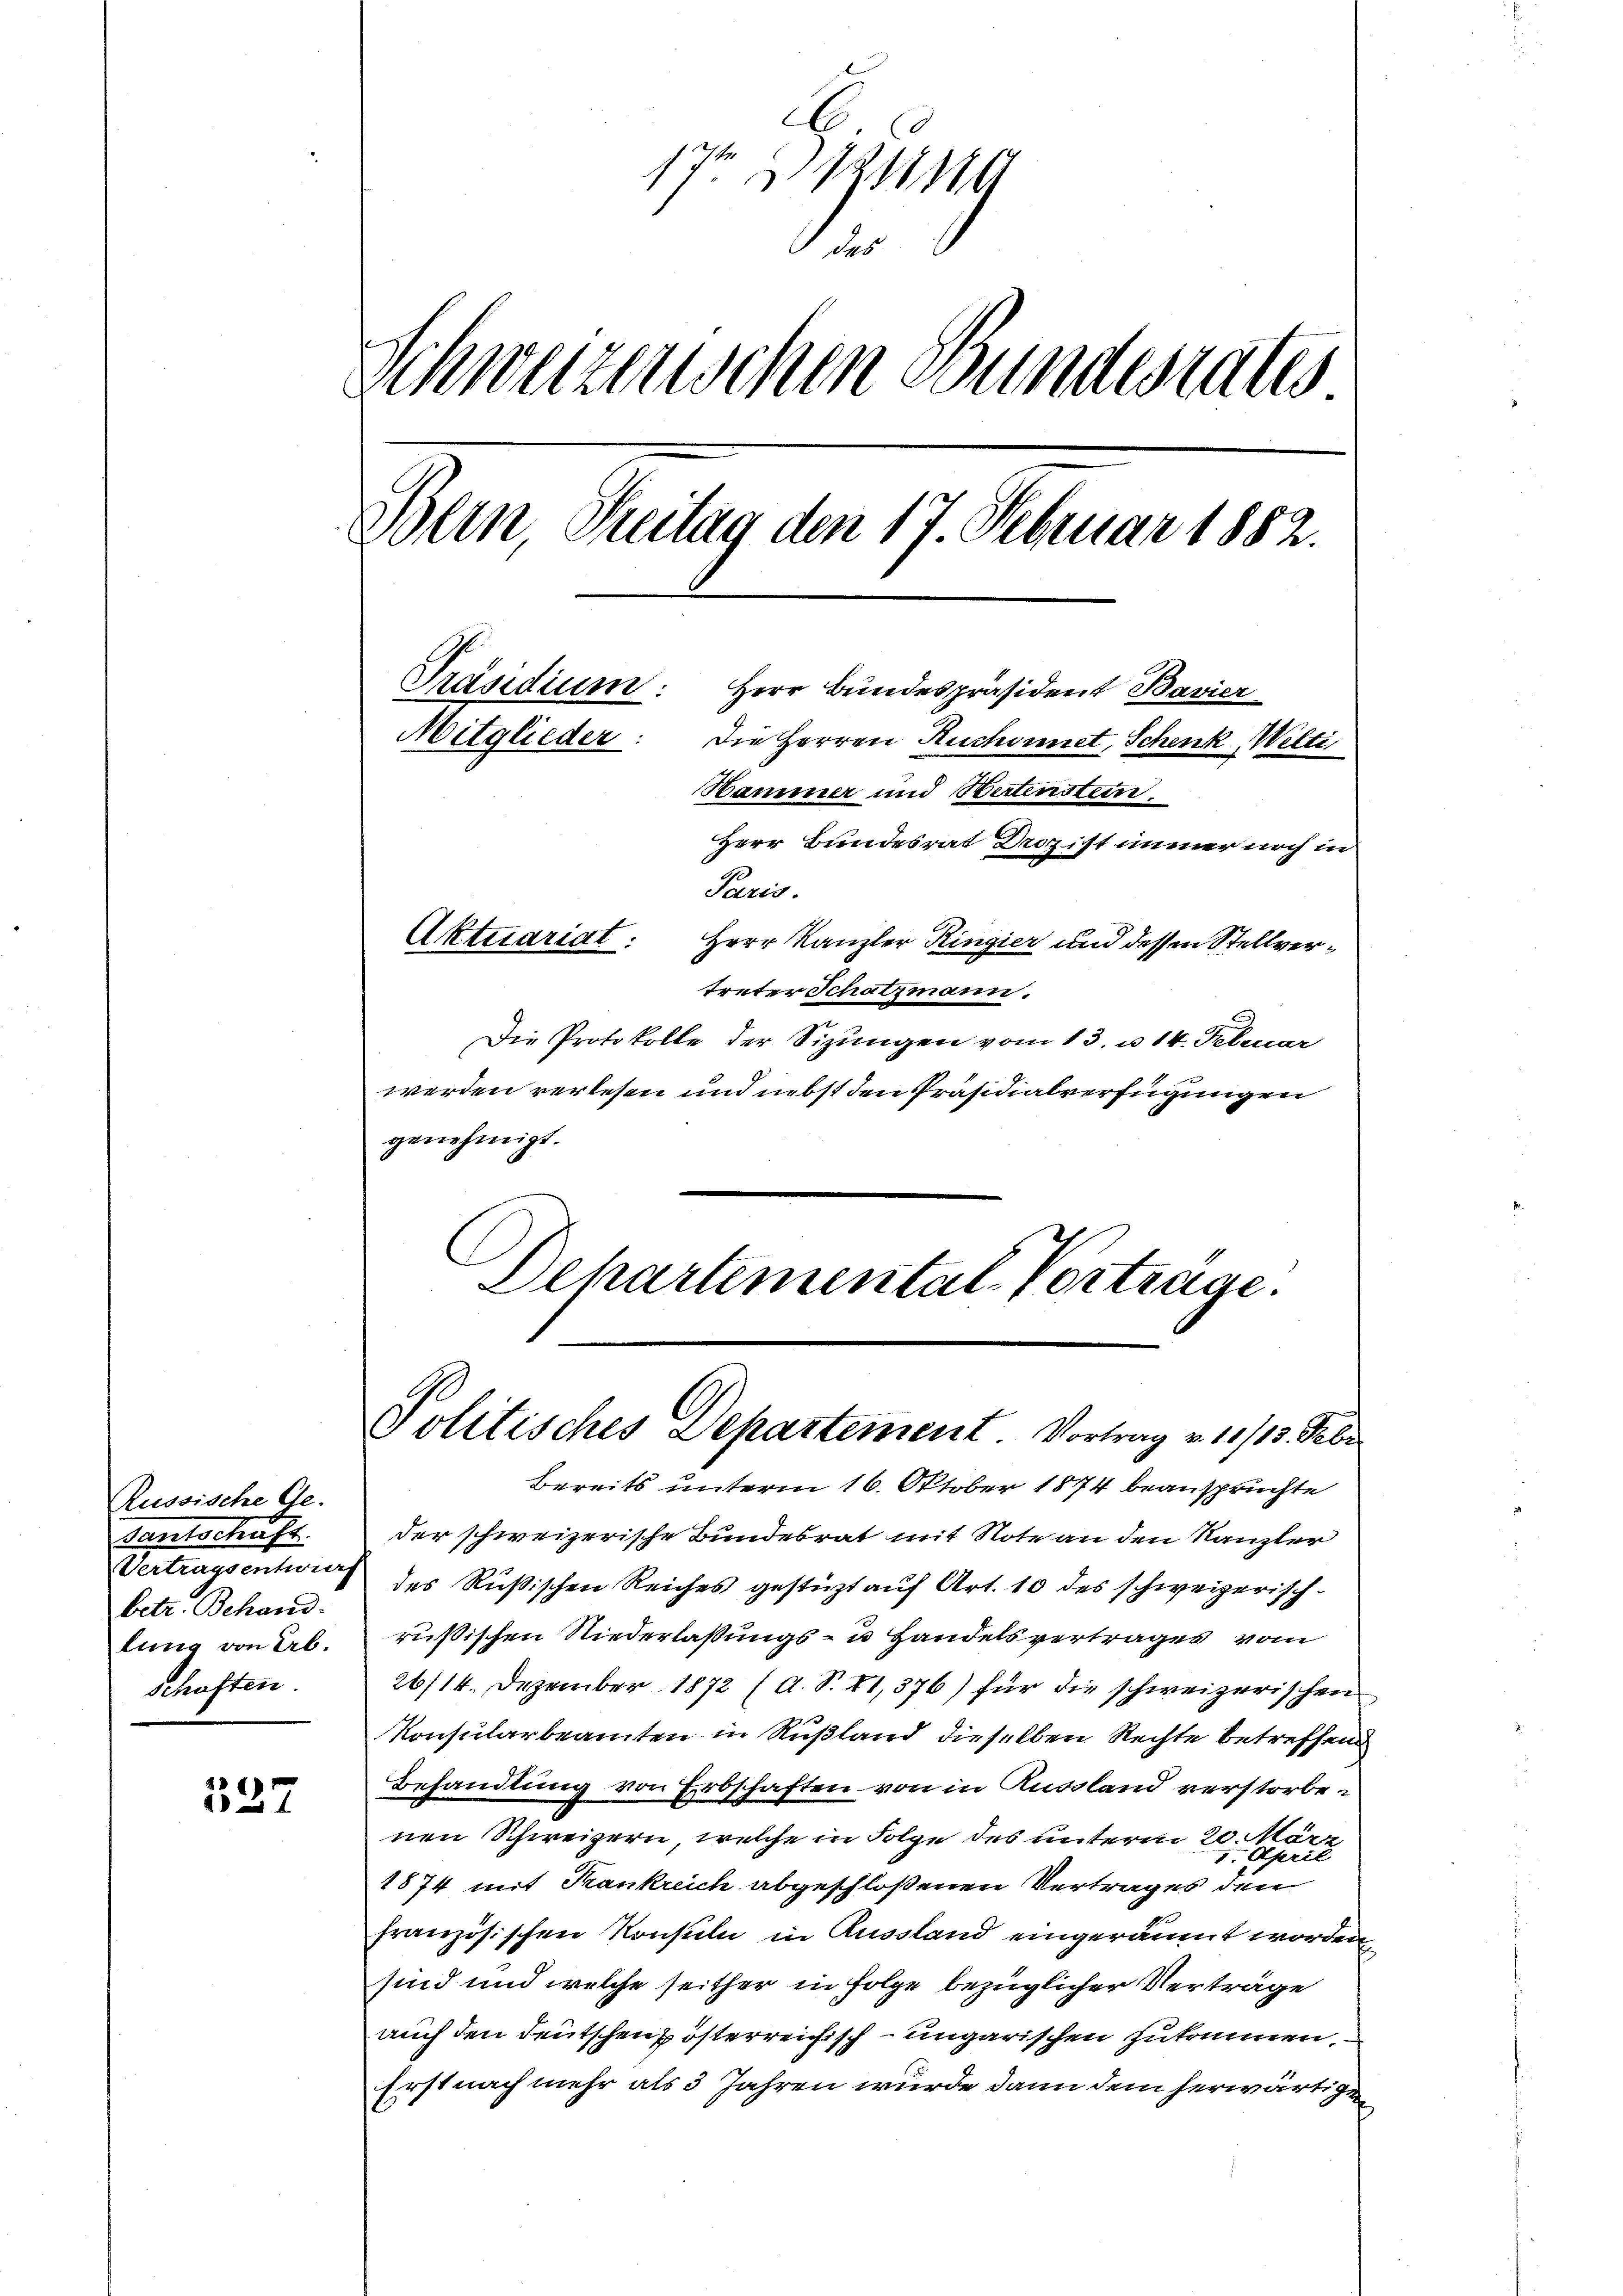
Russische Ge-
Gautschaft.
Vertragsentwurf
betr. Behand
lung von Abschaften.

527

172 § 121149
1
Schweizenschen Bundesrates
Dein Treitag den 17. Februar 1882.
Präsidium:
Herr Bundespräsident Bavier
Mitglieder: Die Herren Ruchoinet, Schenk, Wilti
Hammer und Bertensten.
Herr Bundesrat Droz ist immer noch in
Paris.
Aktuariat. Herr Kanzler Ringier und dessen Stellvertreter Schatzmann.

Die Protokolle der Sizungen vom 13. u. 14. Februar
werden verlesen und nebst den Präsidialverfügungen
genehmigt.
Dehartemental-Vortrage.

Politisches Departement. Vortrag v. 10/13. Febr

Bereits unterm 16. Oktober 1874 beanspruchte
der schweizerische Bundesrat mit Note an den Kanzler
des Rußischen Reiches gestüzt auf Art. 10 des schweizerisch-
rußischen Niederlaßungs- u Handelsvertrages vom
26/14. Dezember 1872 (d. S. XI,376) für die schweizerischen
Konsularbeamten in Rußland dieselben Rechte betreffend
Behandlung von Erbschaften von in Aussland verstorbenen Schweizern, welche in Folge des unterm 20. März
1. April
1874 mit Krankreich abgeschloßenen Vertrages den
französischen Konsuln in Aussland eingeräumt worden
sind und welche seither in Folge bezüglicher Verträge
auch den Deutschen Pösterreichisch-ungarischen zukommen.
Erst nach mehr als 3 Jahren wurde dann dem herwärtige